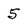
Character: 5